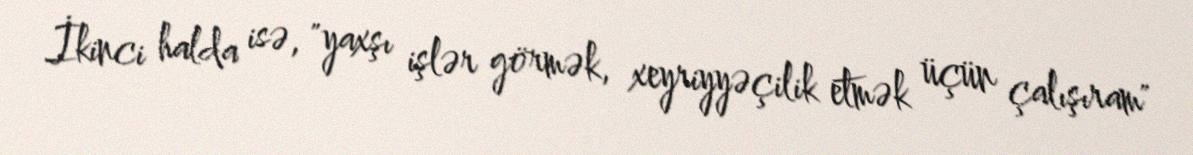
İkinci halda isə, "yaxşı işlər görmək, xeyriyyəçilik etmək üçün çalışıram"